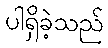
ပါရှိခဲ့သည်